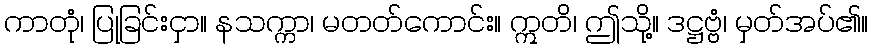
ကာတုံ၊ ပြုခြင်းငှာ။ နသက္ကာ၊ မတတ်ကောင်း။ ဣတိ၊ ဤသို့။ ဒဋ္ဌဗ္ဗံ၊ မှတ်အပ်၏။